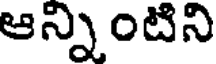
ఆన్నింటిని